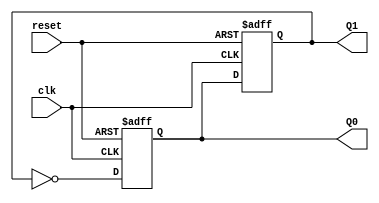
module dual_stage_johnson_counter (
    input wire clk,      // Clock signal
    input wire reset,    // Asynchronous reset signal
    output reg Q0,       // Output of the first flip-flop
    output reg Q1        // Output of the second flip-flop
);

    // State transitions
    always @(posedge clk or posedge reset) begin
        if (reset) begin
            // Reset both flip-flops to 0
            Q0 <= 1'b0;
            Q1 <= 1'b0;
        end else begin
            // Johnson counter logic
            Q0 <= ~Q1;       // D0 = NOT Q1
            Q1 <= Q0;        // D1 = Q0
        end
    end
endmodule